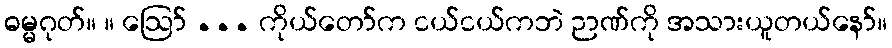
ဓမ္မဂုတ်။ ။ ဩော် ... ကိုယ်တော်က ငယ်ငယ်ကဘဲ ဉာဏ်ကို အသားယူတယ်နော်။